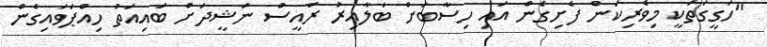
"ހަގީގަތަކީ މިވެރިކަން ފެށިގެން އައި ހިސާބަށް ބަލާއިރު ރައީސް ނަޝީދަށް ބައިއަތު ހިއްޕަވައިގެން